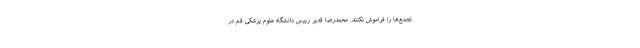
تجمع‌ها را فراموش نکنند. محمدرضا قدیر رییس دانشگاه علوم پزشکی قم در